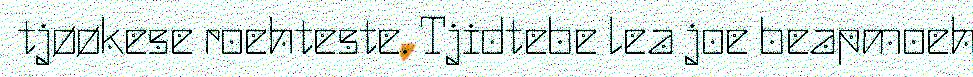
tjøøkese roehteste. Tjidtebe lea joe beapmoeh